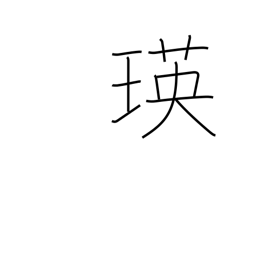
Meaning: sparkle of jewelry